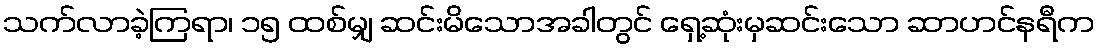
သက်လာခဲ့ကြရာ၊ ၁၅ ထစ်မျှ ဆင်းမိသောအခါတွင် ရှေ့ဆုံးမှဆင်းသော ဆာဟင်နရီက